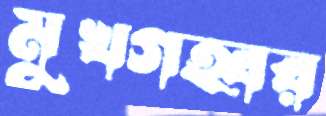
মুখগহ্বর